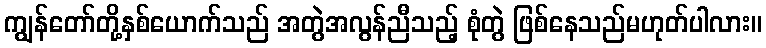
ကျွန်တော်တို့နှစ်ယောက်သည် အတွဲအလွန်ညီသည့် စုံတွဲ ဖြစ်နေသည်မဟုတ်ပါလား။